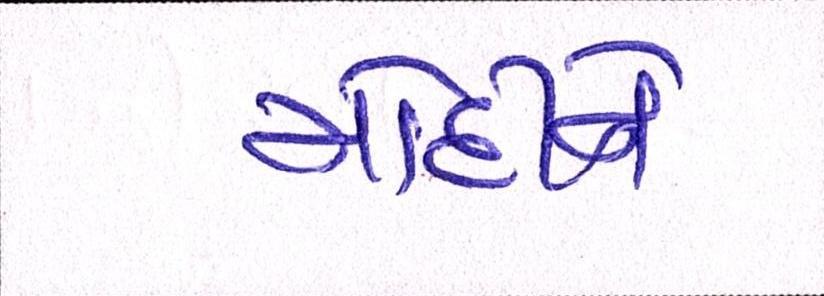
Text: મોદીને